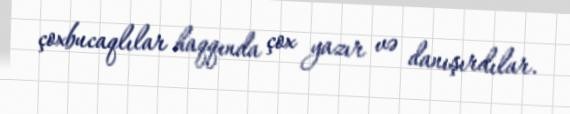
çoxbucaqlılar haqqında çox yazır və danışırdılar.